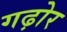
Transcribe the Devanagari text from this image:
गढ़ोर